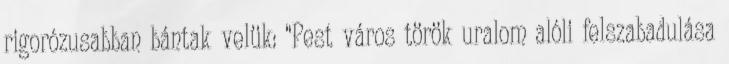
rigorózusabban bántak velük: “Pest város török uralom alóli felszabadulása